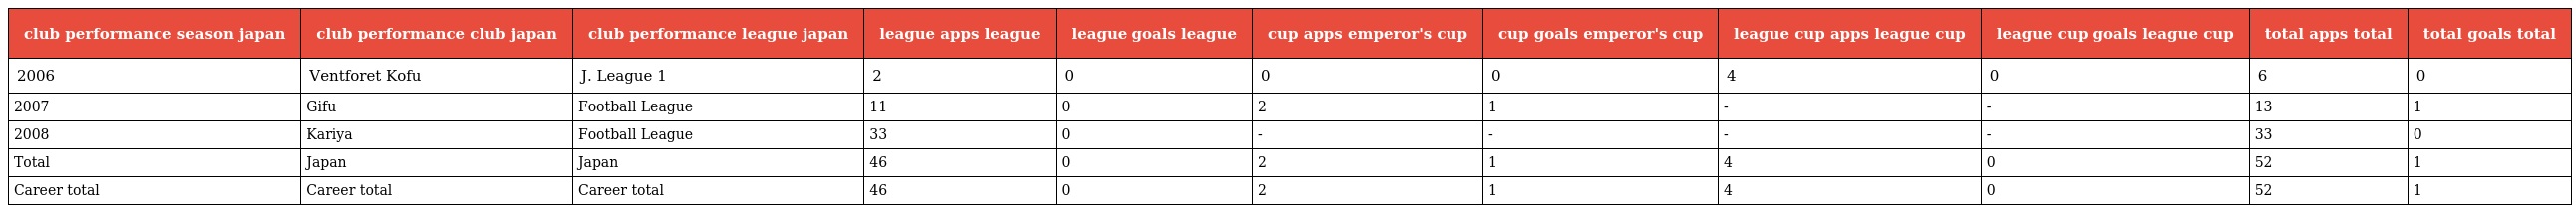
| club performance season japan | club performance club japan | club performance league japan | league apps league | league goals league | cup apps emperor's cup | cup goals emperor's cup | league cup apps league cup | league cup goals league cup | total apps total | total goals total |
 | --- | --- | --- | --- | --- | --- | --- | --- | --- | --- | --- |
 | 2006 | Ventforet Kofu | J. League 1 | 2 | 0 | 0 | 0 | 4 | 0 | 6 | 0 |
 | 2007 | Gifu | Football League | 11 | 0 | 2 | 1 | - | - | 13 | 1 |
 | 2008 | Kariya | Football League | 33 | 0 | - | - | - | - | 33 | 0 |
 | Total | Japan | Japan | 46 | 0 | 2 | 1 | 4 | 0 | 52 | 1 |
 | Career total | Career total | Career total | 46 | 0 | 2 | 1 | 4 | 0 | 52 | 1 |